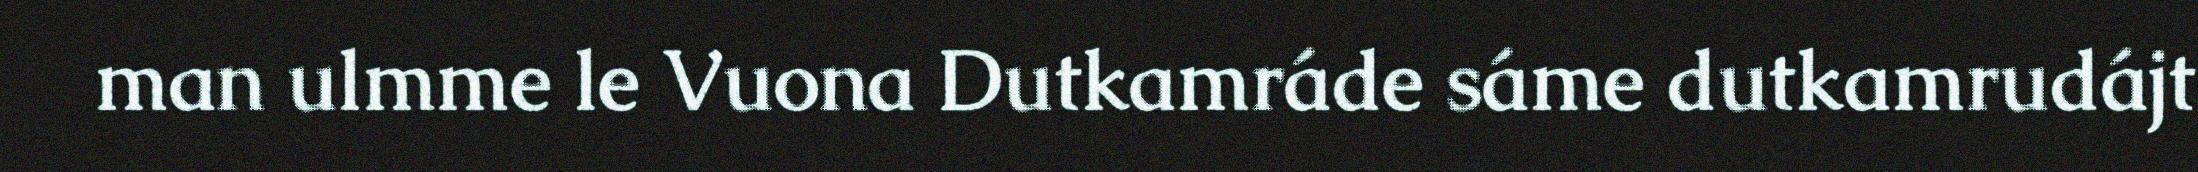
man ulmme le Vuona Dutkamráde sáme dutkamrudájt